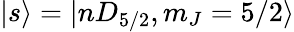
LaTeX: |s\rangle=|nD_{5/2},m_{J}=5/2\rangle